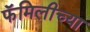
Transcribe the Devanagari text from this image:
फॅमिलीच्या